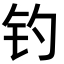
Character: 钓